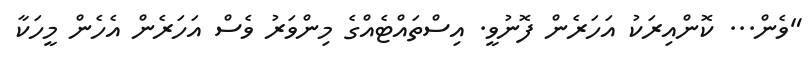
"ވެން... ކޮންއިރަކު އަހަރެން ފޮނުވީ. އިސްތައްޓެއްގެ މިންވަރު ވެސް އަހަރެން އެހެން މީހަކާ